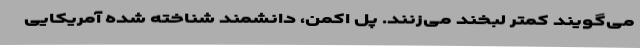
می‌گویند کمتر لبخند می‌زنند. پل اکمن، دانشمند شناخته شده آمریکایی